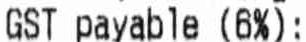
GST PAYABLE (6%):